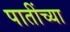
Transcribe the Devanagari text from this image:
पातींच्या